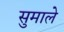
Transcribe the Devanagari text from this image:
सुमाले